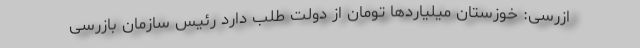
ازرسی: خوزستان میلیاردها تومان از دولت طلب دارد رئیس سازمان بازرسی